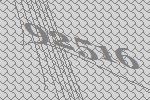
92516